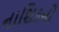
નાશિકનો